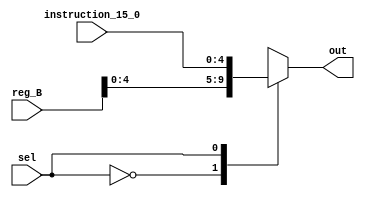
module mux_numbershift(input wire [31:0] reg_B,
                 input wire [4:0] instruction_15_0,
                 input wire sel,
                 output reg [4:0] out
                 );
  
  always@(*) begin
    case (sel)
      1'b0: out = reg_B[4:0];
      1'b1: out = instruction_15_0;
    endcase
  end
endmodule